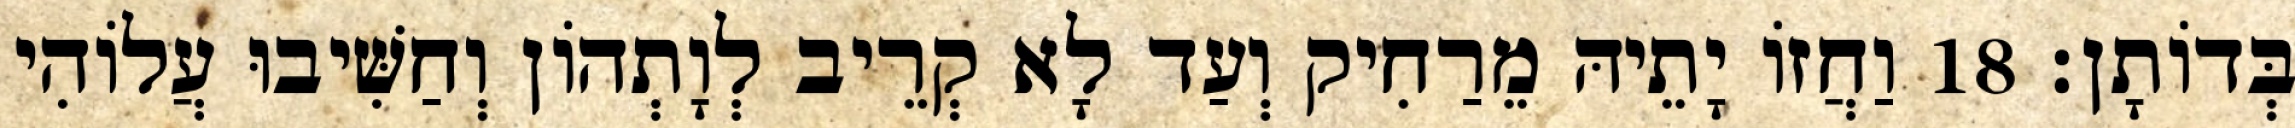
בְּדוֹתָן׃ 18 וַחֲזוֹ יָתֵיהּ מֵרַחִיק וְעַד לָא קְרֵיב לְוָתְהוֹן וְחַשִּׁיבוּ עֲלוֹהִי